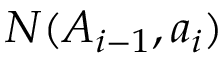
N ( A _ { i - 1 } , a _ { i } )